Report of an investigation of the epidemic of malarial fever in Assam, or, kala-azar
Disease focus: Malaria
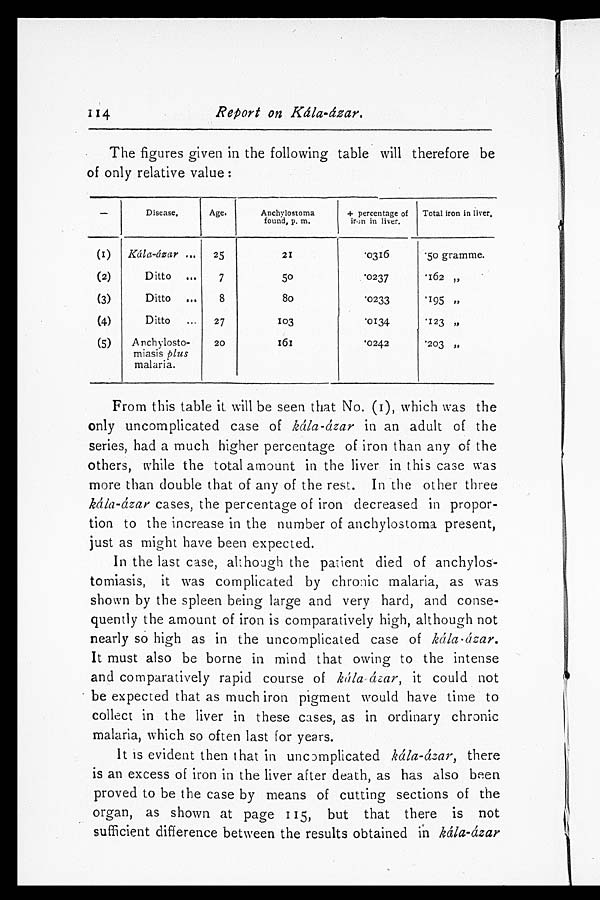
114 Report on Kála-ázar.
The figures given in the following table will therefore be
of only relative value:
—
Disease.
Age.
Anchylostoma
found, p. m.
+ percentage of
iron in liver.
Total iron in liver.
(I)
Kála-ázar ...
25
21
'0316
'50 gramme.
(2)
Ditto
. . .
7
50
'0237
'162 ,,
(3)
Ditto ...
8
8 0
'0233
'195 ,,
(4)
Ditto ...
27
103
'0134
'123 „
(5)
Anchylosto -
miasis plus
malaria.
20
161
'0242
'203 „
From this table it will be seen that No. (I), which was the
only uncomplicated case of kála-ázar in an adult of the
series, had a much higher percentage of iron than any of the
others, while the total amount in the liver in this case was
more than double that of any of the rest. In the other three
kála-ázar cases, the percentage of iron decreased in propor-
tion to the increase in the number of anchylostoma present,
just as might have been expected.
In the last case, although the patient died of anchylos-
tomiasis, it was complicated by chronic malaria, as was
shown by the spleen being large and very hard, and conse-
quently the amount of iron is comparatively high, although not
nearly so high as in the uncomplicated case of
kála-ázar.
It must also be borne in mind that owing to the intense
and comparatively rapid course of
k
á
la-
ázar,
it could not
b e e x p e c t e d t h a t a s m u c h i r o n p i g m e n t w o u l d h a v e t i m e t o
collect in the liver in these cases, as in ordinary chronic
malaria, which so often last for years.
It is evident then that in uncomplicated
k
á
la-
ázar,
there
is an excess of iron in the liver after death, as has also been
proved to be the case by means of cutting sections of the
organ, as shown at page 115, but that there is not
sufficient difference between the results obtained in
kála-ázar